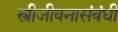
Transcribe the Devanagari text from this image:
स्त्रीजीवनासंबंधी